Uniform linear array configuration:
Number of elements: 8
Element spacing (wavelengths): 0.75
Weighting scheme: hann
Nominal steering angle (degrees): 15
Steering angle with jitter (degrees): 13.083
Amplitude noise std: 0.05
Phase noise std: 0.05

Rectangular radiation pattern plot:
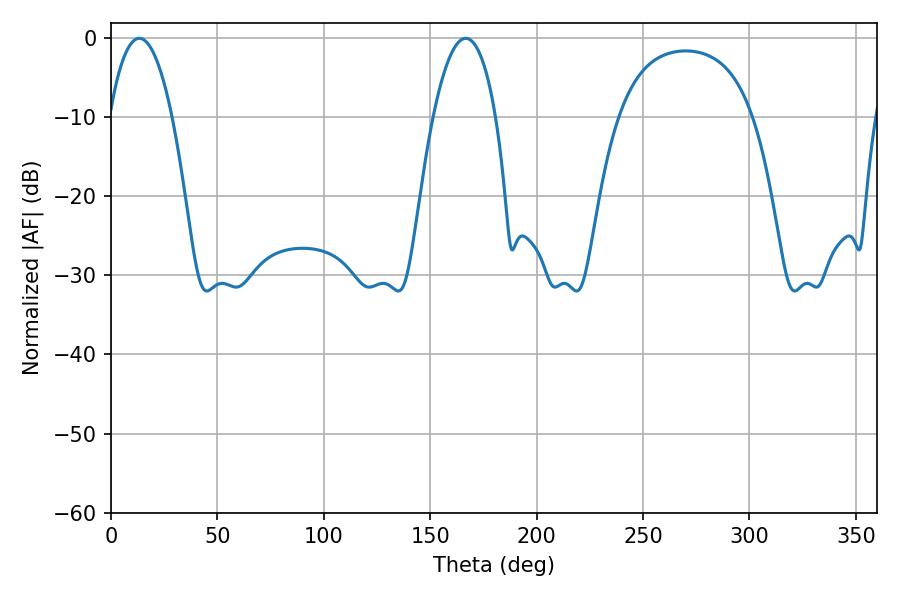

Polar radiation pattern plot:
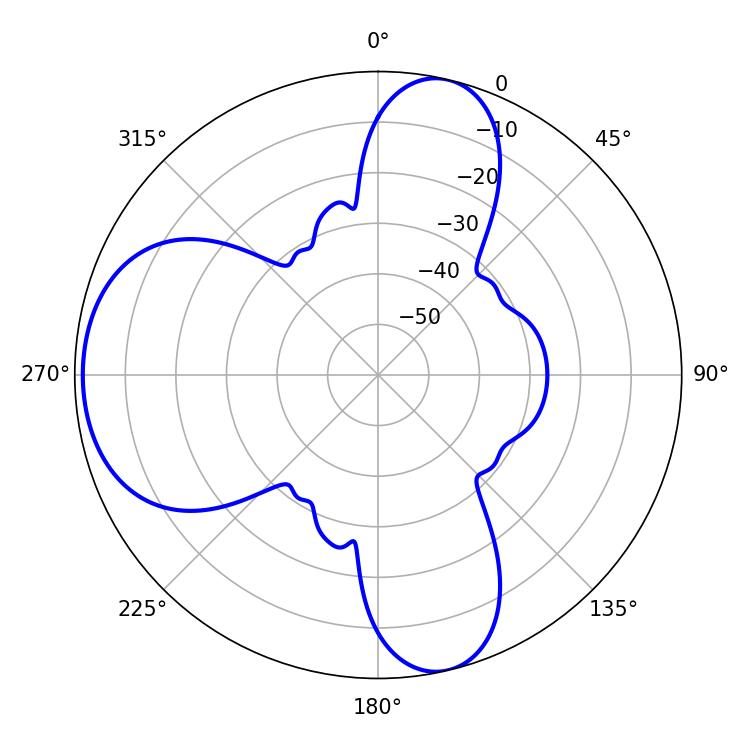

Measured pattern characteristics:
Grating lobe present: TRUE
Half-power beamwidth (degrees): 16.38
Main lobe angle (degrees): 13.32